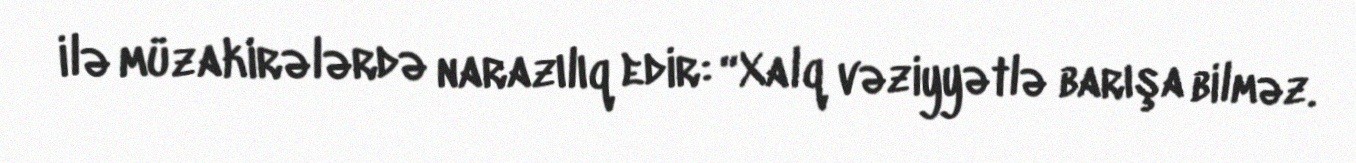
ilə müzakirələrdə narazılıq edir: “Xalq vəziyyətlə barışa bilməz.